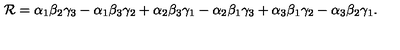
{ \cal R } = \alpha _ { 1 } \beta _ { 2 } \gamma _ { 3 } - \alpha _ { 1 } \beta _ { 3 } \gamma _ { 2 } + \alpha _ { 2 } \beta _ { 3 } \gamma _ { 1 } - \alpha _ { 2 } \beta _ { 1 } \gamma _ { 3 } + \alpha _ { 3 } \beta _ { 1 } \gamma _ { 2 } - \alpha _ { 3 } \beta _ { 2 } \gamma _ { 1 } .